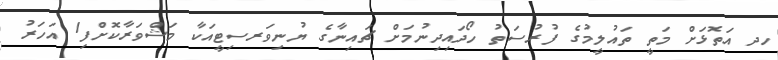
ހދ އަތޮޅަށް މަތީ ތައުލީމުގެ ފުރުސަތު ހޯދައިދިނުމަށް ޗައިނާގެ ޔުނިވަރސިޓީއަކާ މަޝްވަރާކޮށްފި1 އަހަރު